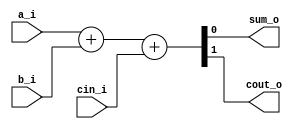
`timescale 1ns / 1ps
//////////////////////////////////////////////////////////////////////////////////
// Company: 
// Engineer: 
// 
// Design Name: 
// Module Name: FullAdder
// Project Name: 
// Target Devices: 
// Tool Versions: 
// Description: 
// 
// Dependencies: 
// 
// Revision:
// Revision 0.01 - File Created
// Additional Comments:
// 
//////////////////////////////////////////////////////////////////////////////////


module FullAdder( 
input a_i,
input b_i,
input cin_i,
output sum_o,
output cout_o);


assign {cout_o,sum_o} = a_i + b_i + cin_i;

endmodule